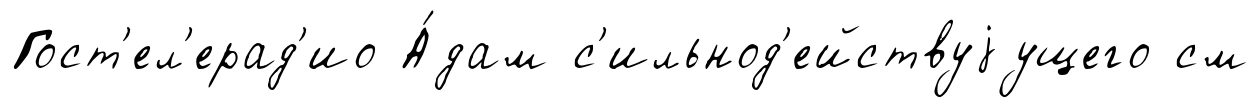
Гост'ел'ерад'ио А́дам с'ильнод'ействуjущего см